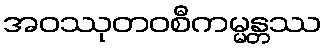
အဝဿုတဝစီကမ္မန္တဿ